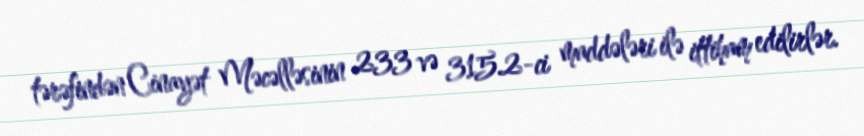
tərəfindən Cinayət Məcəlləsinin 233 və 315.2-ci maddələri ilə ittiham edilirlər.